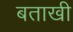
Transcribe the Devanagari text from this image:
बताखी